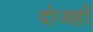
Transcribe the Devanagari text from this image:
दोजहाँ